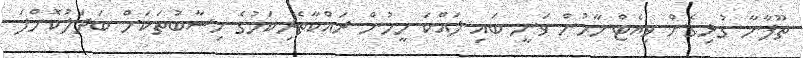
ތޫފާނާ ގުޅިގެން ވިއެޓްނާމުން ވަނީ ބައި ލައްކަ މީހުން ރައްކާތެރިކަމުގެ ހިސާބުތަކަށް ބަދަލުކޮށްފަ